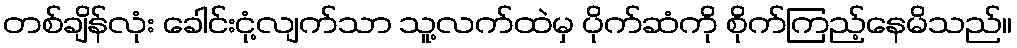
တစ်ချိန်လုံး ခေါင်းငုံ့လျက်သာ သူ့လက်ထဲမှ ပိုက်ဆံကို စိုက်ကြည့်နေမိသည်။